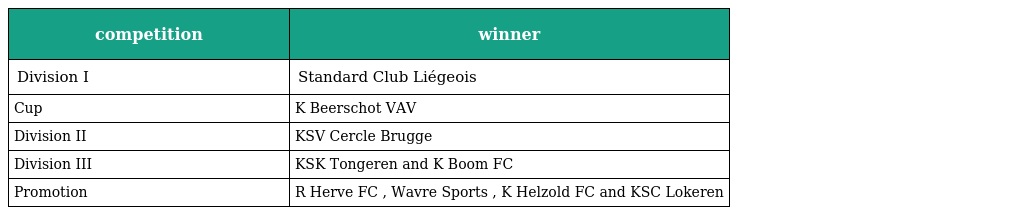
| competition | winner |
 | --- | --- |
 | Division I | Standard Club Liégeois |
 | Cup | K Beerschot VAV |
 | Division II | KSV Cercle Brugge |
 | Division III | KSK Tongeren and K Boom FC |
 | Promotion | R Herve FC , Wavre Sports , K Helzold FC and KSC Lokeren |